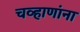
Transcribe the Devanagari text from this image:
चव्हाणांना